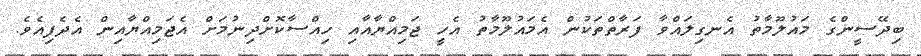
ބިދޭސީންގެ މައުލޫމާތު އެނގިލައްވާ ފަރާތްތަކުން އެމައުލޫމާތު އެހީ ޖަމިއްޔާއާއި ހިއްސާކޮށްދިނުމަށް އެޖަމިއްޔާއިން އެދެފިއެވެ.